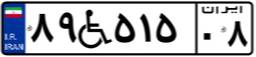
۸۹W۵۱۵۰۸